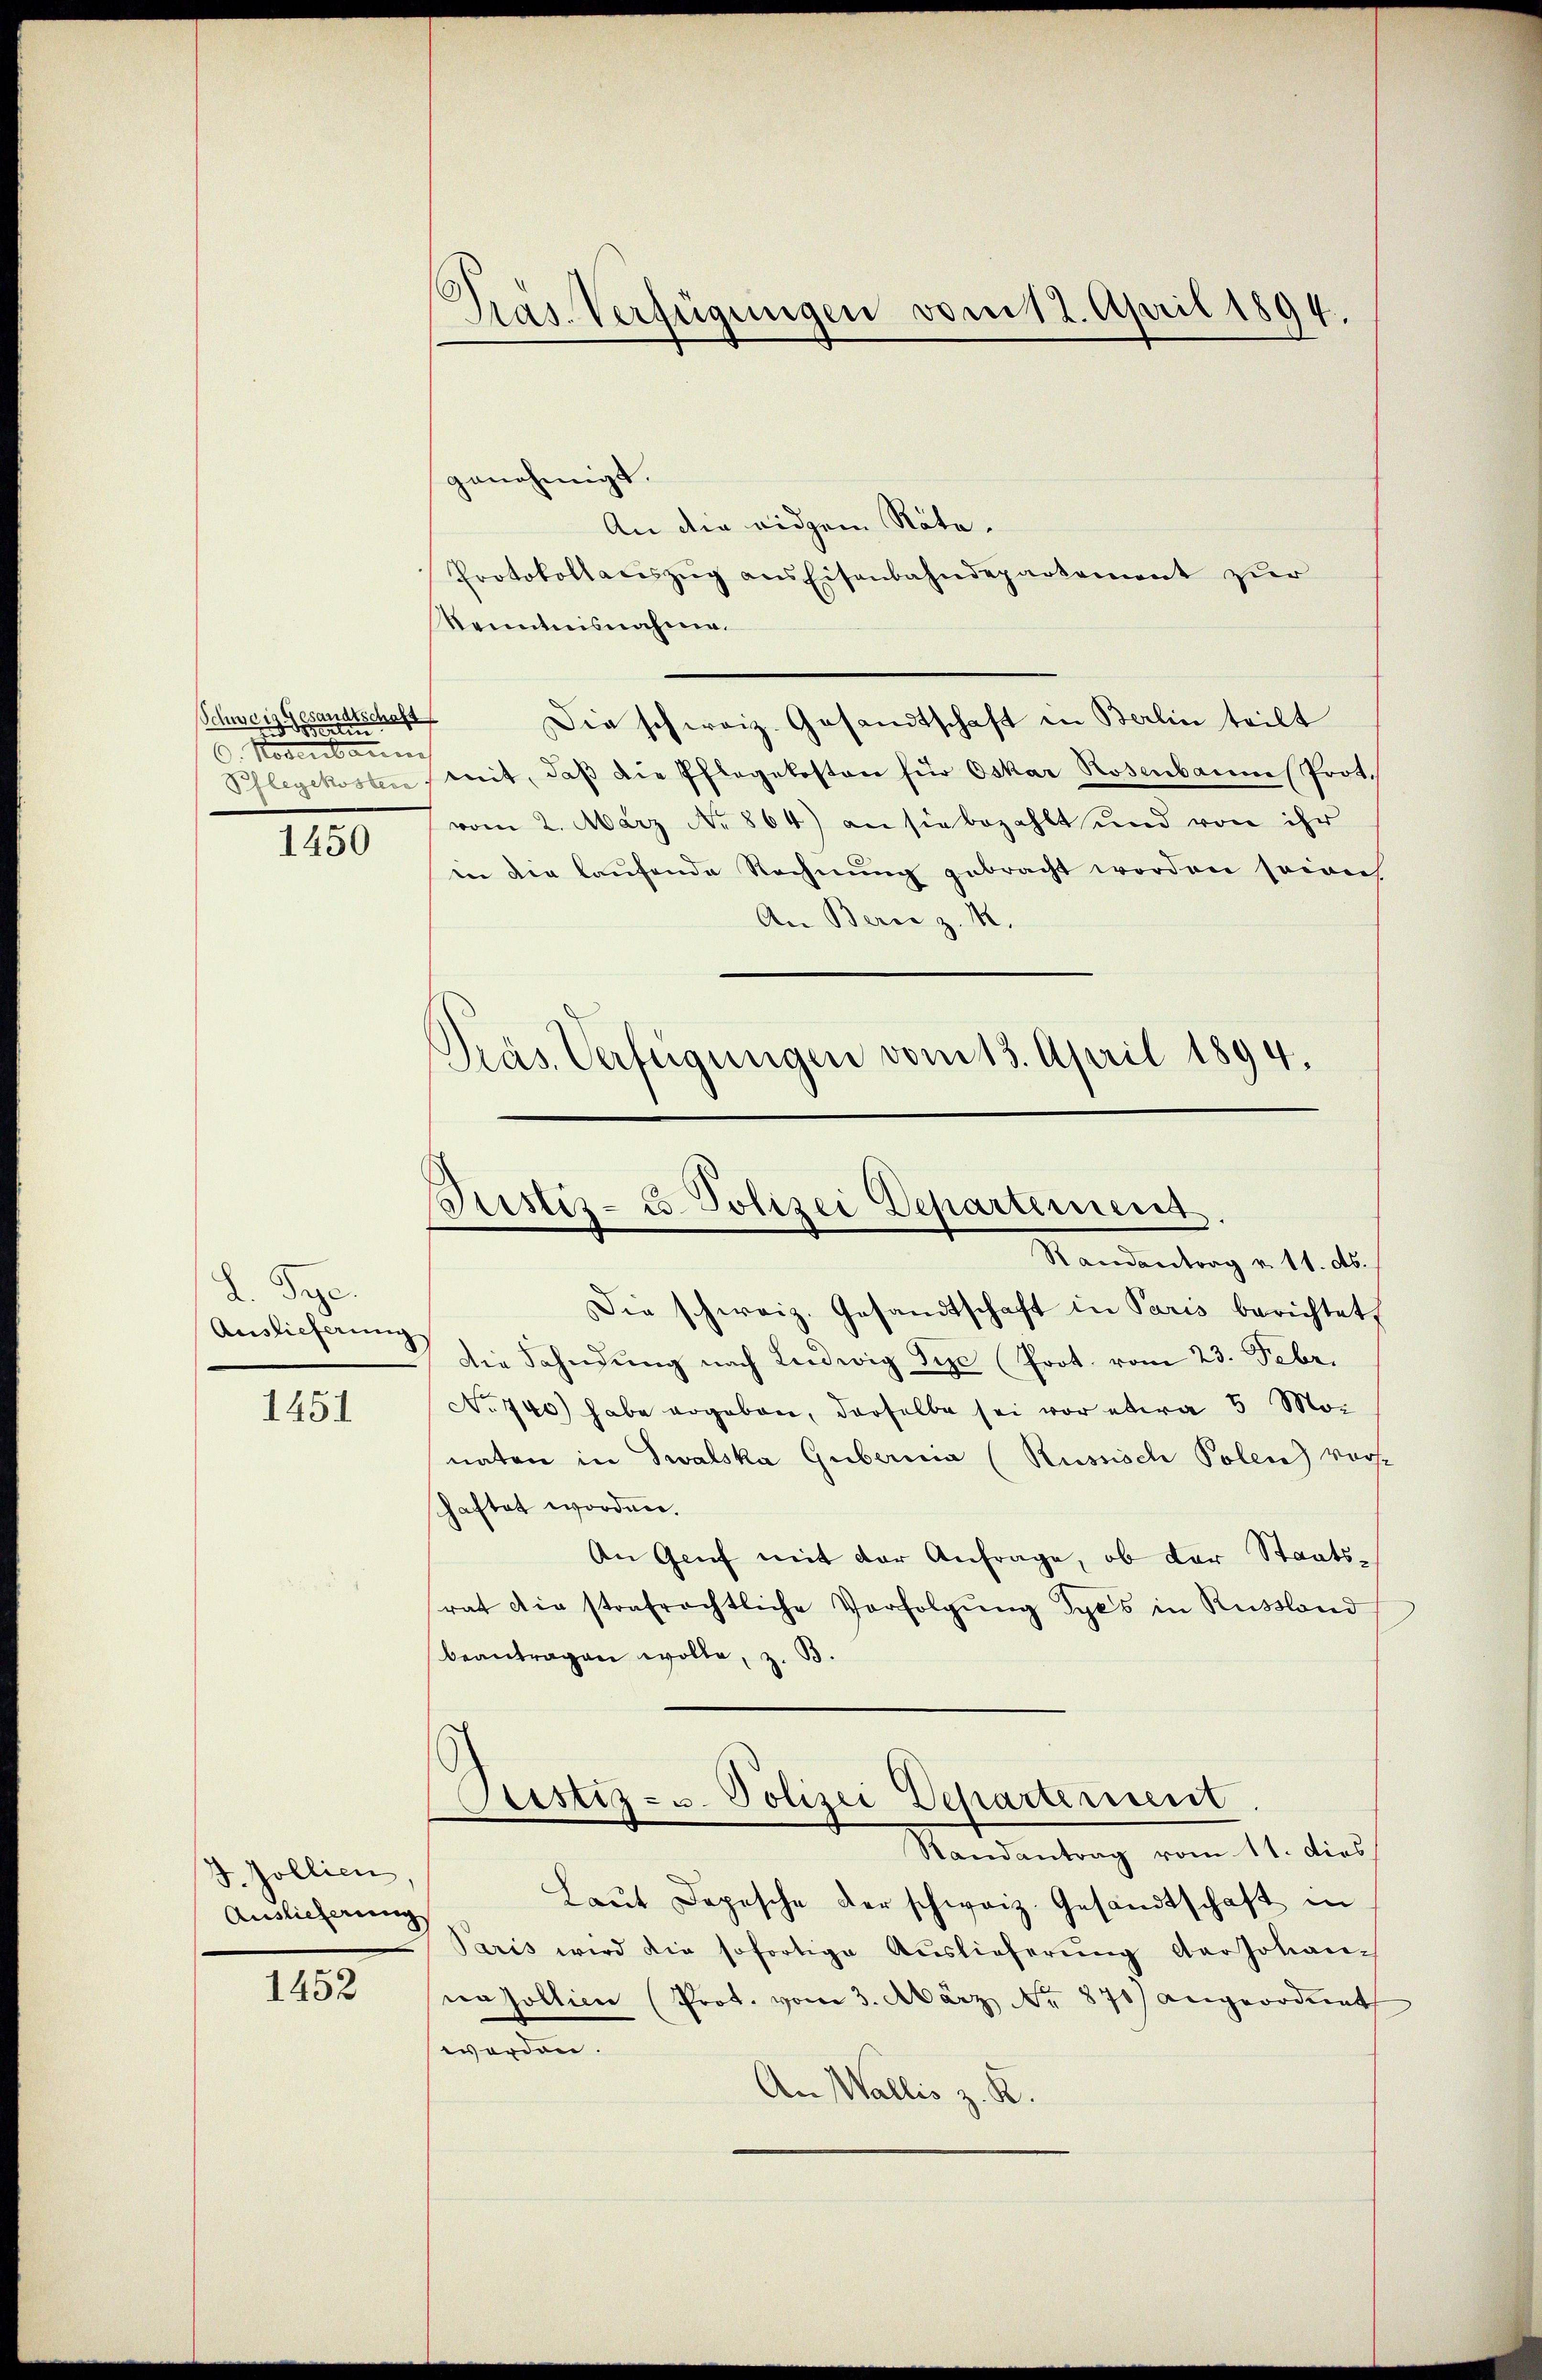
esandtschaft
Schweiz ein
6. Novenann

1450

d. Deze
Auslieferung
1451

J. Zollien,
Auslieferung

1452

genehmigt.
An die eidgen Räte.
Protokollacszŭg ans Eisenbahndepartement zur
Kenntnisnahme.
Die schweiz. Gesandtschaft in Berlin teilt
Pflegekosten, mit, daβ die Pflegekosten für Oskar Rosenbaumes Prot.
vom 2. März No. 864) an sie bezahlt und von ihr
in die laŭfende Rechnŭng gebracht worden seine
An Bern z. M.
Präs. Verfügungen vom 13. April 1894.

Präs. Verfügungen vom 12. April 1894.

Justiz- u. Polizei Departement.

Randantrag v. 11. ds.
Die schweiz. Gesandtschaft in Paris berichtet
Die Fahndung nach Ludwig Sie Prot. vom 23. Febr.
No 740) habe ergeben, derselbe sei vor etwa 5 Mor
naten in Zwalska Gubernia (Russisch Polen) vorshaftet worden.
An Genf mit der Anfrage, ob der Staatsrat die strafrechtliche Verfolgŭng Syes in Russland
beantragen wolle, z. B.
Justiz- u. Polizei Departement.
Randantrag vom 11. dies
Laŭt Depesche der schweiz. Gesandtschaft in
Paris wird die sofortige Auslieferŭng der Johannasollien (Prot. vom 3. März No. 871) angeordnet
worden.
An Wallis z. R.